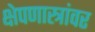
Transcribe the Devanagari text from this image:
क्षेपणास्त्रांवर